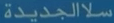
سلالجديدة